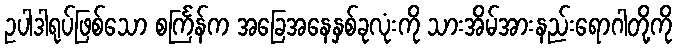
ဥပါဒါရုပ်ဖြစ်သော စင်္ကြန်က အခြေအနေနှစ်ခုလုံးကို သားအိမ်အားနည်းရောဂါတို့ကို